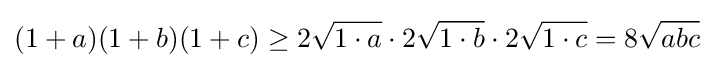
(1+a)(1+b)(1+c)\geq 2{\sqrt {1\cdot {a}}}\cdot 2{\sqrt {1\cdot {b}}}\cdot 2{\sqrt {1\cdot {c}}}=8{\sqrt {abc}}